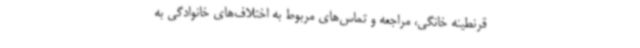
قرنطینه خانگی، مراجعه و تماس‌های مربوط به اختلاف‌های خانوادگی به